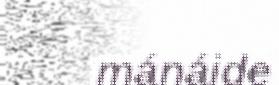
mánáide